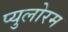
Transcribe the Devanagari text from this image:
प्युलोरम